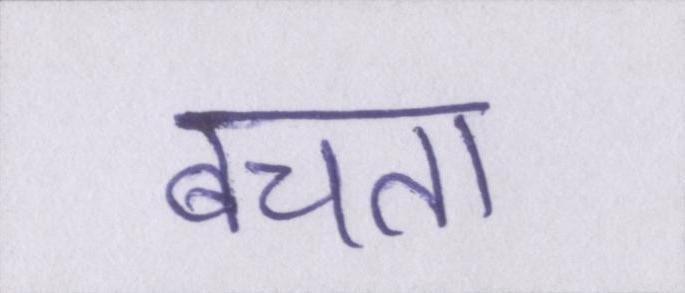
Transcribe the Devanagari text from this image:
बचता